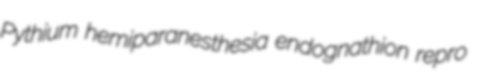
Pythium hemiparanesthesia endognathion repro